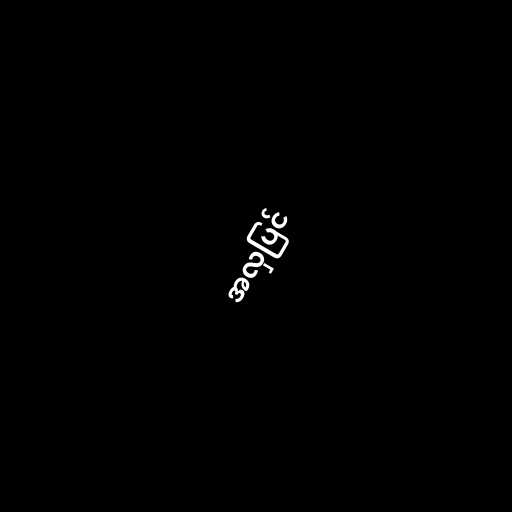
အလှပြင်